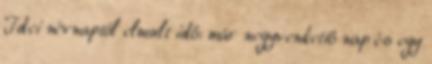
Idei névnaptól elmult idő: már negyvenkettő nap és egy